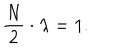
\frac { N } { 2 } \cdot \lambda = 1 .